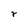
Character: r